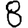
Digit: 8